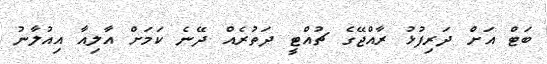
ބަޓް އަށް ދަރިފުޅު ރާއްޖޭގެ ޗުއްޓީ ދަތުރެއް ދޭނެ ކަމަށް އާލިއާ އިއުލާނު